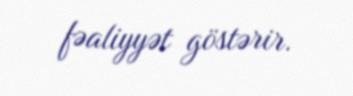
fəaliyyət göstərir.